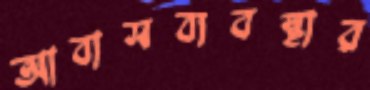
আবাসব্যবস্থার